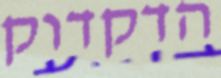
הדקדוק